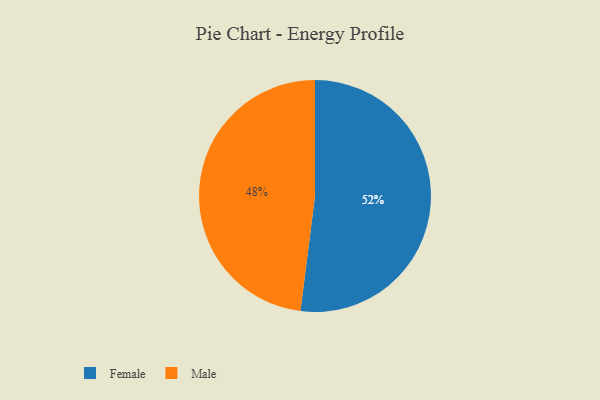
{"axis": {"x": "Category", "y": "Percentage"}, "legend": ["Female", "Male"], "data": [{"x": "Female", "y": 52, "type": "Female"}, {"x": "Male", "y": 48, "type": "Male"}]}